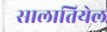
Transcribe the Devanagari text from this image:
सालातियेल